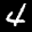
Label: 4